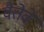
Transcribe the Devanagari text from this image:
वैत्तेवे